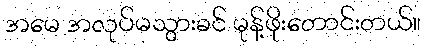
အမေ အလုပ်မသွားခင် မုန့်ဖိုးတောင်းတယ်။